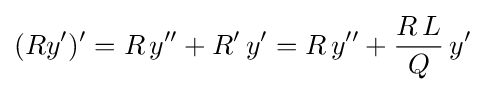
(Ry')'=R\,y''+R'\,y'=R\,y''+{\frac {R\,L}{Q}}\,y'